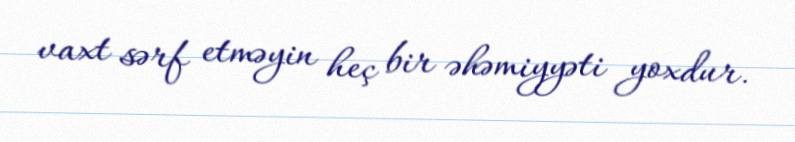
vaxt sərf etməyin heç bir əhəmiyyəti yoxdur.